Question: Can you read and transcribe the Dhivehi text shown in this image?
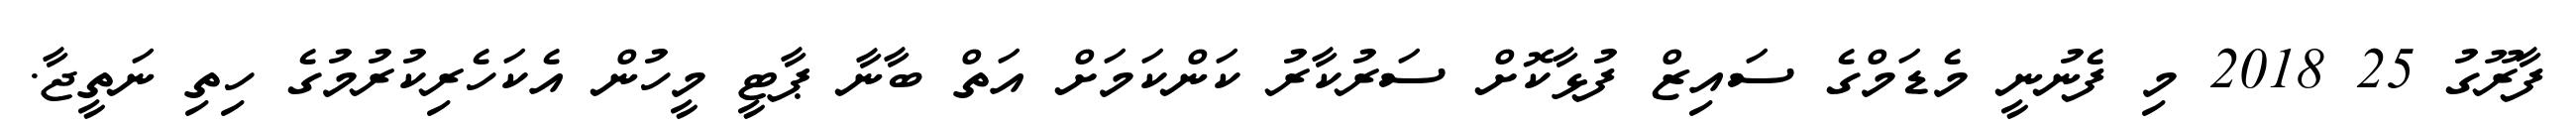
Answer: ފާރޫގު 25 2018 މި ފެނުނީ މެޑަމްގެ ސައިޒް ފުޅާކޮށް ސަރުކާރު ކަންކަމަށް އަތް ބާނާ ޕާޓީ މީހުން އެކަހެރިކުރުމުގެ ހިތި ނަތީޖާ.